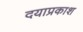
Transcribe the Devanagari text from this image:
दयाप्रकाश